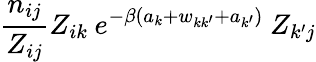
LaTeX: \frac{n_{ij}}{Z_{ij}}Z_{ik}\: e^{-\beta(a_{k}+w_{kk^{\prime}}+a_{k^{\prime}})}\: Z_{k^{\prime}j}